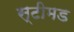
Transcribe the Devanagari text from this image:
स्टीमड